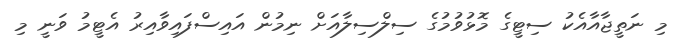
މި ނަތީޖާއާއެކު ސިޓީގެ މޮޅުވުމުގެ ސިލްސިލާއަށް ނިމުން އައިސްފައިވާއިރު އެޓީމު ވަނީ މި